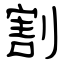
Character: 割